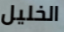
الخليل